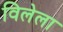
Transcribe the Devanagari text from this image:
विलेला